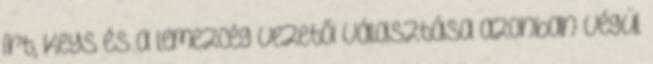
írt, Keys és a lemezcég vezetői választása azonban végül